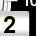
Digit: 2